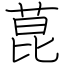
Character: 菎